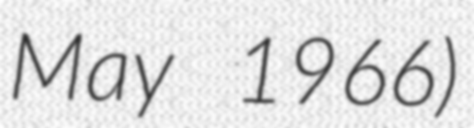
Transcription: May 1966)